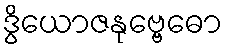
ဒွိယောဇနုဗ္ဗေဓော